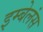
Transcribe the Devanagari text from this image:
इम्बेलंस